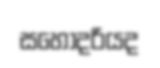
සහෝදරියද